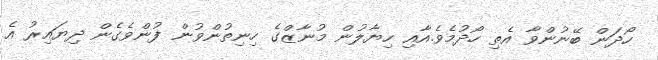
ހޯދަން ބޭނުންވާ އެތި ހޯދުމެވެ.އާއި ހިޔާލުން މުނާޒްގެ ހިނިތުންވުން ފުންވެގެން ދިޔައިރު އެ